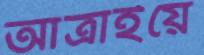
আত্রাইয়ে